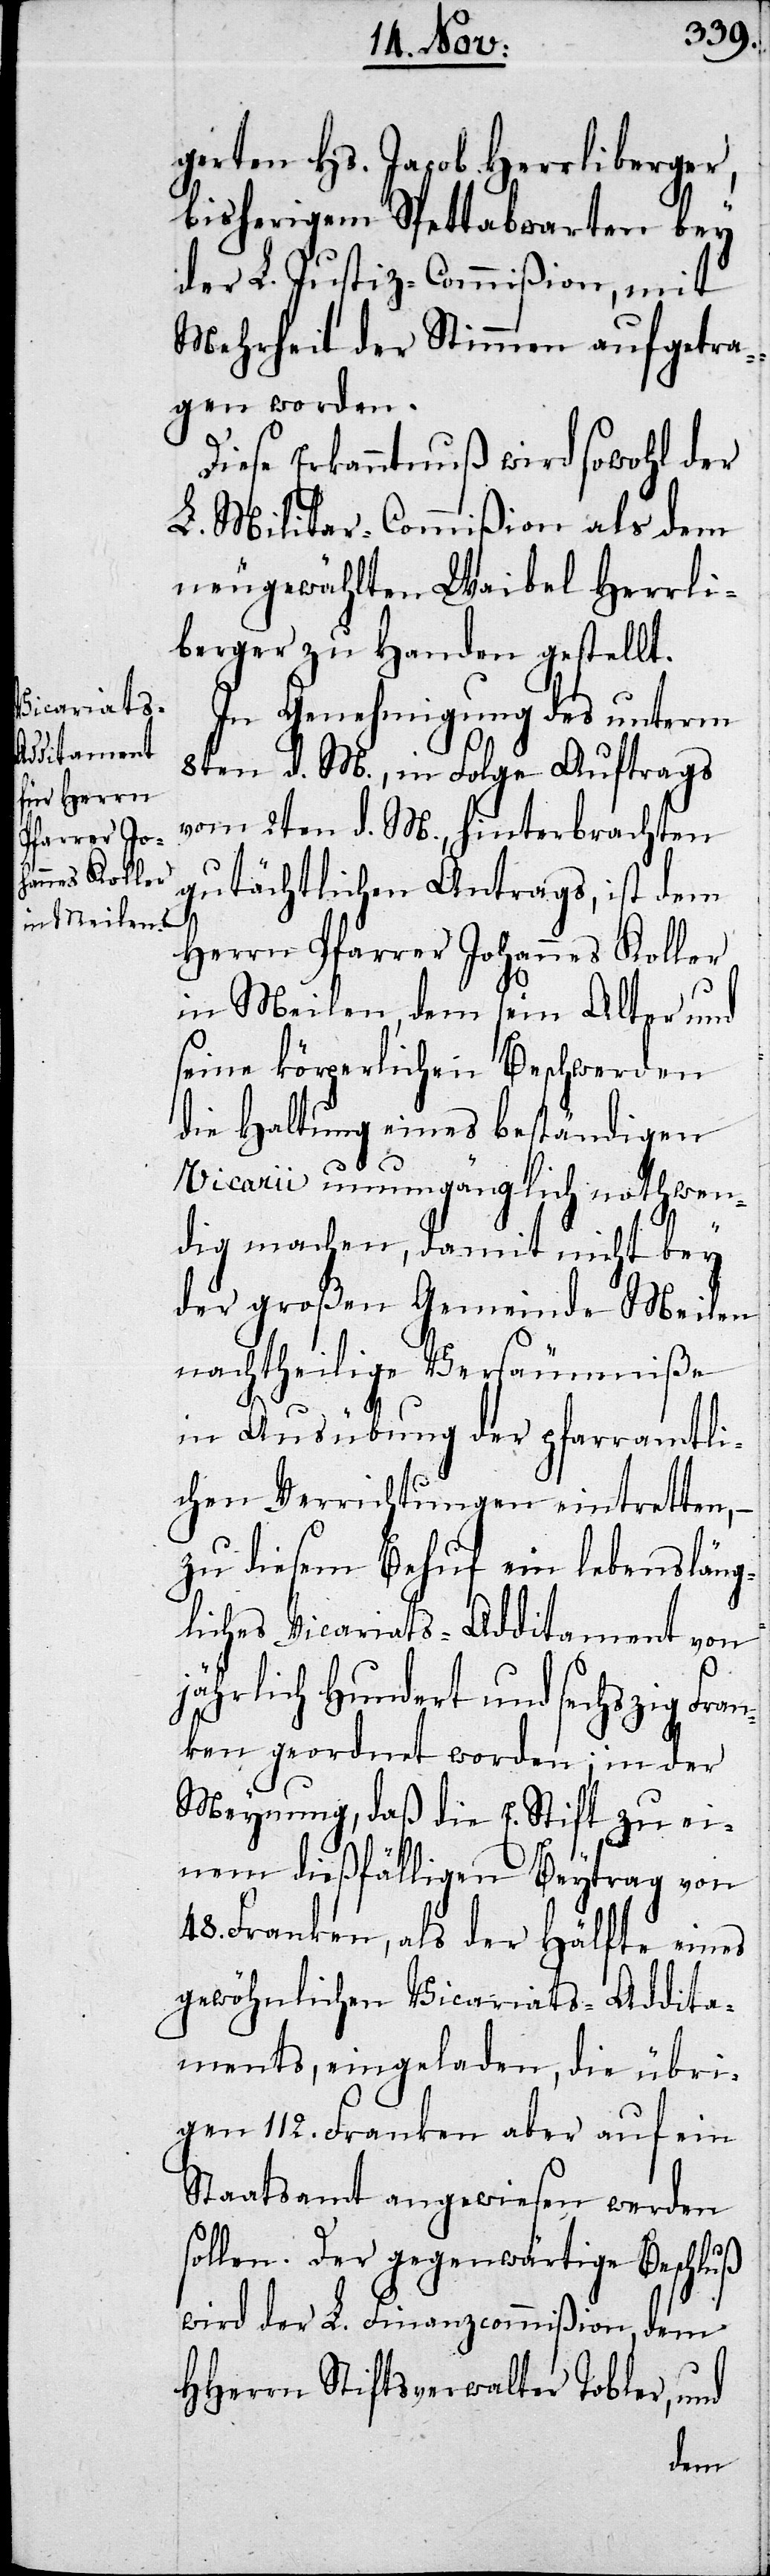
gerten Hs. Jacob Herrliberger,
bisherigem Spettabwarten bei
der L. Justiz-Commißion, mit
Mehrheit der Stimmen aufgetra¬
gen worden.
Diese Erkanntnuß wird sowohl der
L. Militar-Commißion als dem
neugewählten Waibel Herrli¬
berger zu Handen gestellt.
In Genehmigung des unterm
8ten d. M., in Folge Auftrags
vom 2ten d. M., hinterbrachten
gutächtlichen Antrags, ist dem
Herrn Pfarrer Johannes Koller
in Meilen, dem sein Alter und
seine körperlichen Beschwerden
die Haltung eines beständigen
Vicarii unumgänglich nothwen¬
dig machen, damit nicht bey
der großen Gemeinde Meilen
nachtheilige Versäumniße
in Ausübung der pfarramtli¬
chen Verrichtungen eintretten,
zu diesem Behuf ein lebensläng¬
liches Vicariats-Additament von
jährlich Hundert und sechszig Fran¬
ken geordnet worden; in der
Meynung, daß die E. Stift zu ei¬
nem dießfälligen Beytrag von
48. Franken, als der Hälfte eines
gewöhnlichen Vicariats-Addita¬
ments, eingeladen, die übri¬
gen 112. Franken aber auf ein
Staatsamt angewiesen werden
sollen. Der gegenwärtige Beschluß
wird der L. Finanzcommißion, dem
HHerrn Stiftsverwalter Tobler, und